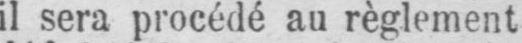
il sera procédé au règlement